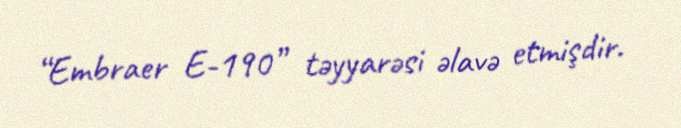
“Embraer E-190” təyyarəsi əlavə etmişdir.